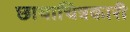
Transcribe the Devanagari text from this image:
छायाचित्रकारी